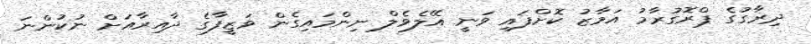
ދިރާގުގެ ޕްރޮގުރާމު އަމާޒު ކޮށްފައި ވަނީ އޭލެވެލް ނިންމައިގެން ވަޒީފާގެ ދާއިރާއަށް ނުކުންނަ